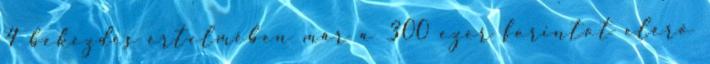
4 bekezdés értelmében már a 300 ezer forintot elérő